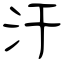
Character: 汗